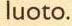
luoto.